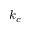
k _ { c }